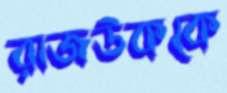
রাজউককে